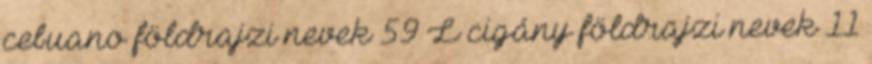
cebuano földrajzi nevek‎ 59 L cigány földrajzi nevek‎ 11